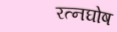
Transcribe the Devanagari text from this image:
रत्नघोष